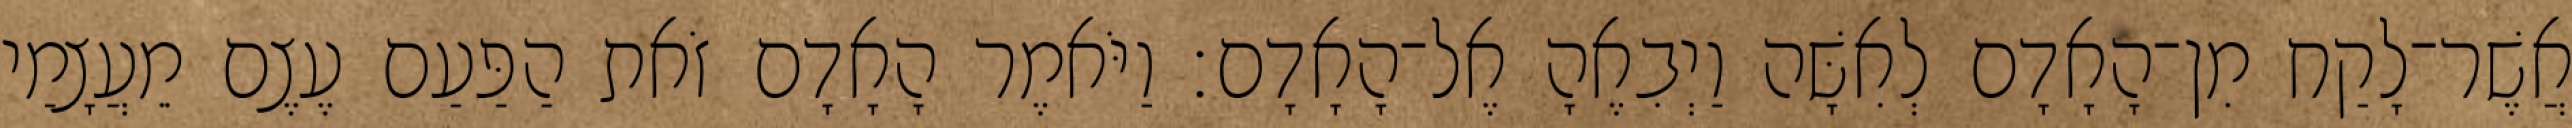
אֲשֶׁר־לָקַח מִן־הָאָדָם לְאִשָּׁה וַיְבִאֶהָ אֶל־הָאָדָם׃ וַיֹּאמֶר הָאָדָם זֹאת הַפַּעַם עֶצֶם מֵעֲצָמַי